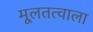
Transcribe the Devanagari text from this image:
मूलतत्वाला